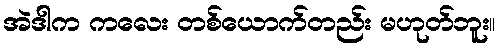
အဲဒါက ကလေး တစ်ယောက်တည်း မဟုတ်ဘူး။